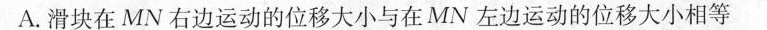
A.滑块在MN右边运动的位移大小与在MN左边运动的位移大小相等